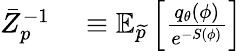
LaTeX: \begin{array}{rl}{\bar{Z}_{p}^{-1}}&{{}\equiv\mathbb{E}_{\widetilde{p}}\left[\frac{q_{\theta}(\phi)}{e^{-S(\phi)}}\right]}\end{array}